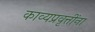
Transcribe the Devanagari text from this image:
काव्यप्रवृत्तींना